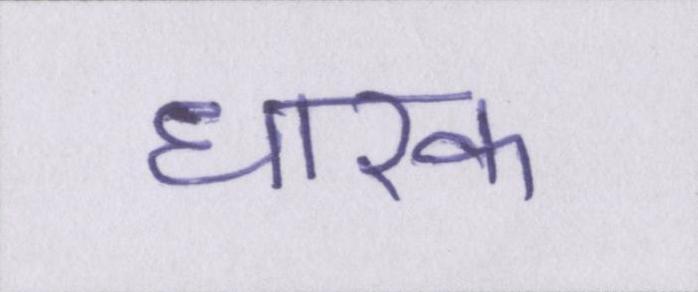
धारक